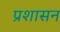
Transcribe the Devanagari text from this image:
प्रशासन